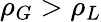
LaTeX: \rho_{G}>\rho_{L}